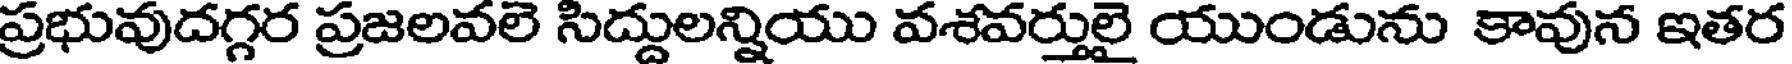
ప్రభువుదగ్గర ప్రజలవలె సిద్దులన్నియు వశవర్తులై యుండును కావున ఇతర